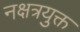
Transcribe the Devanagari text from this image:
नक्षत्रयुक्त